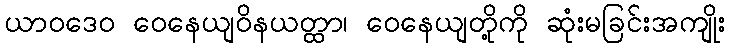
ယာဝဒေဝ ဝေနေယျဝိနယတ္ထာ၊ ဝေနေယျတို့ကို ဆုံးမခြင်းအကျိုး